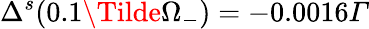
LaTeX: \Delta^{s}(0.1\Tilde{\Omega}_{-})=-0.0016Γ